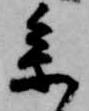
参